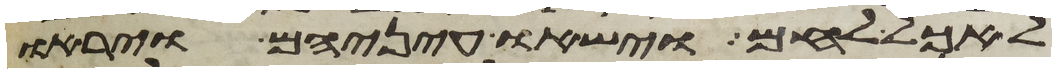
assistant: לאכל לחם וישאו עיניהם ויראו